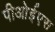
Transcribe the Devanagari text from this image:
पीओईएस